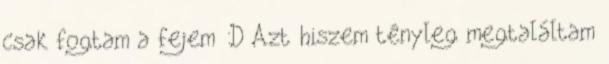
csak fogtam a fejem :D Azt hiszem tényleg megtaláltam